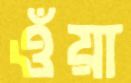
ওঁয়া